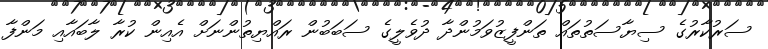
ސަރުކާރުގެ ސިޔާސަތުތައް ތަންފީޒުވަމުންދާ ދުވެލީގެ ސަބަބުން ރައްޔިތުންނަށް އެއިން ކުރާ ލާބައާއި މަންފާ